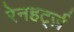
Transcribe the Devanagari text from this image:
रेनहर्ट्ज़